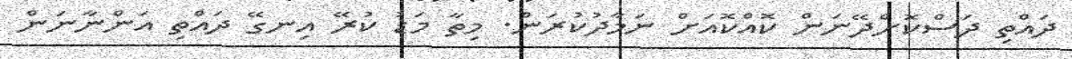
ދައްތި ދަސްކޮށްދޭނަން ކޮއްކޮއަށް ނަމާދުކުރަން. މިތާ މަޑު ކުރޭ އިނގޭ ދައްތި އަންނާނަން